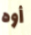
أوه